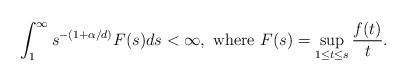
LaTeX: \begin{align*}\int_{1}^{\infty}s^{-(1+\alpha/d)}F(s)ds<\infty, \ \mbox{where} \ F(s)=\sup_{1\leq t\leq s}\frac{f(t)}{t}.\end{align*}